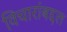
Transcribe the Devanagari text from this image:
विचारांबद्दल